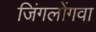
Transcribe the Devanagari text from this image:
जिंगलोंगवा